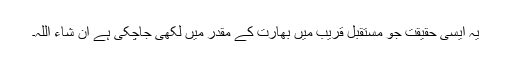
یہ ایسی حقیقت جو مستقبل قریب میں بھارت کے مقدر میں لکھی جاچکی ہے ان شاء اللہ۔